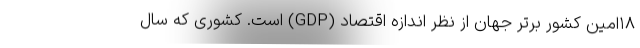
۱۸امین کشور برتر جهان از نظر اندازه اقتصاد (GDP) است. کشوری که سال